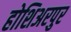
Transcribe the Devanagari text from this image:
होशिअरपुर